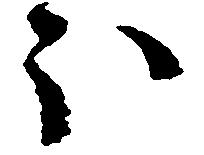
ほ